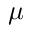
\mu